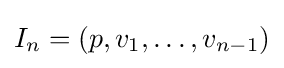
I_{n}=(p,v_{1},\ldots ,v_{n-1})